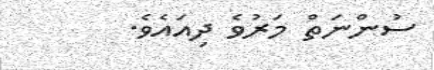
ސުންނަތް މަރުވެ ދިއައެވެ.